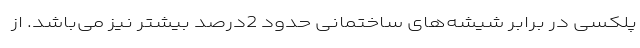
پلکسی در برابر شیشه‌های ساختمانی حدود 2درصد بیشتر نیز می‌باشد. از